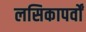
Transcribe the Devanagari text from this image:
लसिकापर्वों